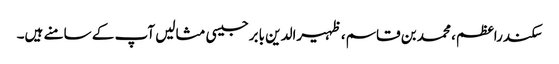
سکندراعظم، محمد بن قاسم، ظہیرالدین بابرجیسی مثالیں آپ کے سامنے ہیں۔